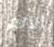
الآلم